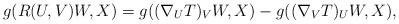
LaTeX: \begin{align*}g(R(U,V)W, X) = g((\nabla_U T)_V W, X)- g((\nabla_V T)_U W, X),\end{align*}